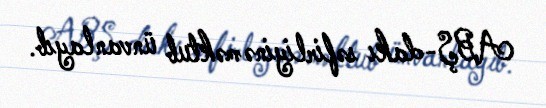
ABŞ-dakı səfirliyinə məktub ünvanlayıb.